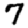
Digit: 7